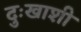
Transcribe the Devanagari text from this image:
दुःखाशी